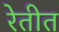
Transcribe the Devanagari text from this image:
रेतीत